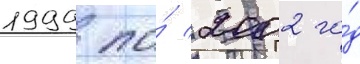
1999 по́ 2002 го́д